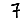
Digit: 7